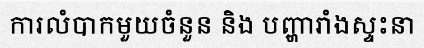
ការលំបាកមួយចំនួន និង បញ្ហារាំងស្ទះនា